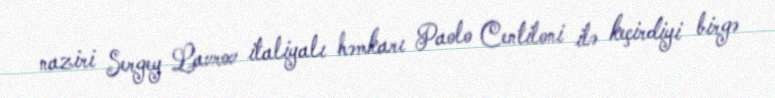
naziri Sergey Lavrov italiyalı həmkarı Paolo Centiloni ilə keçirdiyi birgə